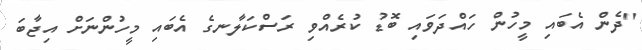
''ދެން އެބައި މީހުން ހައްދަވައި ބޮޑު ކުރެއްވި ރަސްކަލާނގެ އެބައި މީހުންނަށް އިޖާބަ